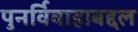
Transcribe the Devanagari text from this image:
पुनर्विवाहाबद्दल